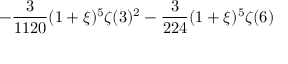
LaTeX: \displaystyle - \frac { 3 } { 1 1 2 0 } ( 1 + \xi ) ^ { 5 } \zeta ( 3 ) ^ { 2 } - \frac { 3 } { 2 2 4 } ( 1 + \xi ) ^ { 5 } \zeta ( 6 )